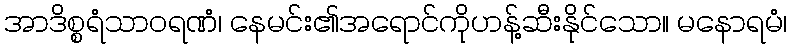
အာဒိစ္စရံသာဝရဏံ၊ နေမင်း၏အရောင်ကိုဟန့်ဆီးနိုင်သော။ မနောရမံ၊